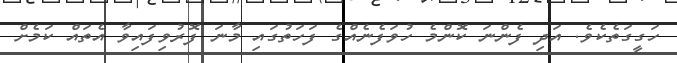
ހަގީގަތެކެވެ. އަދި ފެންނަ ކޮންމެ ހުވަފެނެއްގެ ފަހަތުގައި މާނަ ފޮރުވިފައިވާ އެތައް ކަމެށް